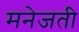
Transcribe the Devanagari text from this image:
मनेजती